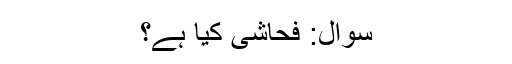
سوال: فحاشی کیا ہے؟